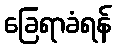
ခြေရာခံရန်